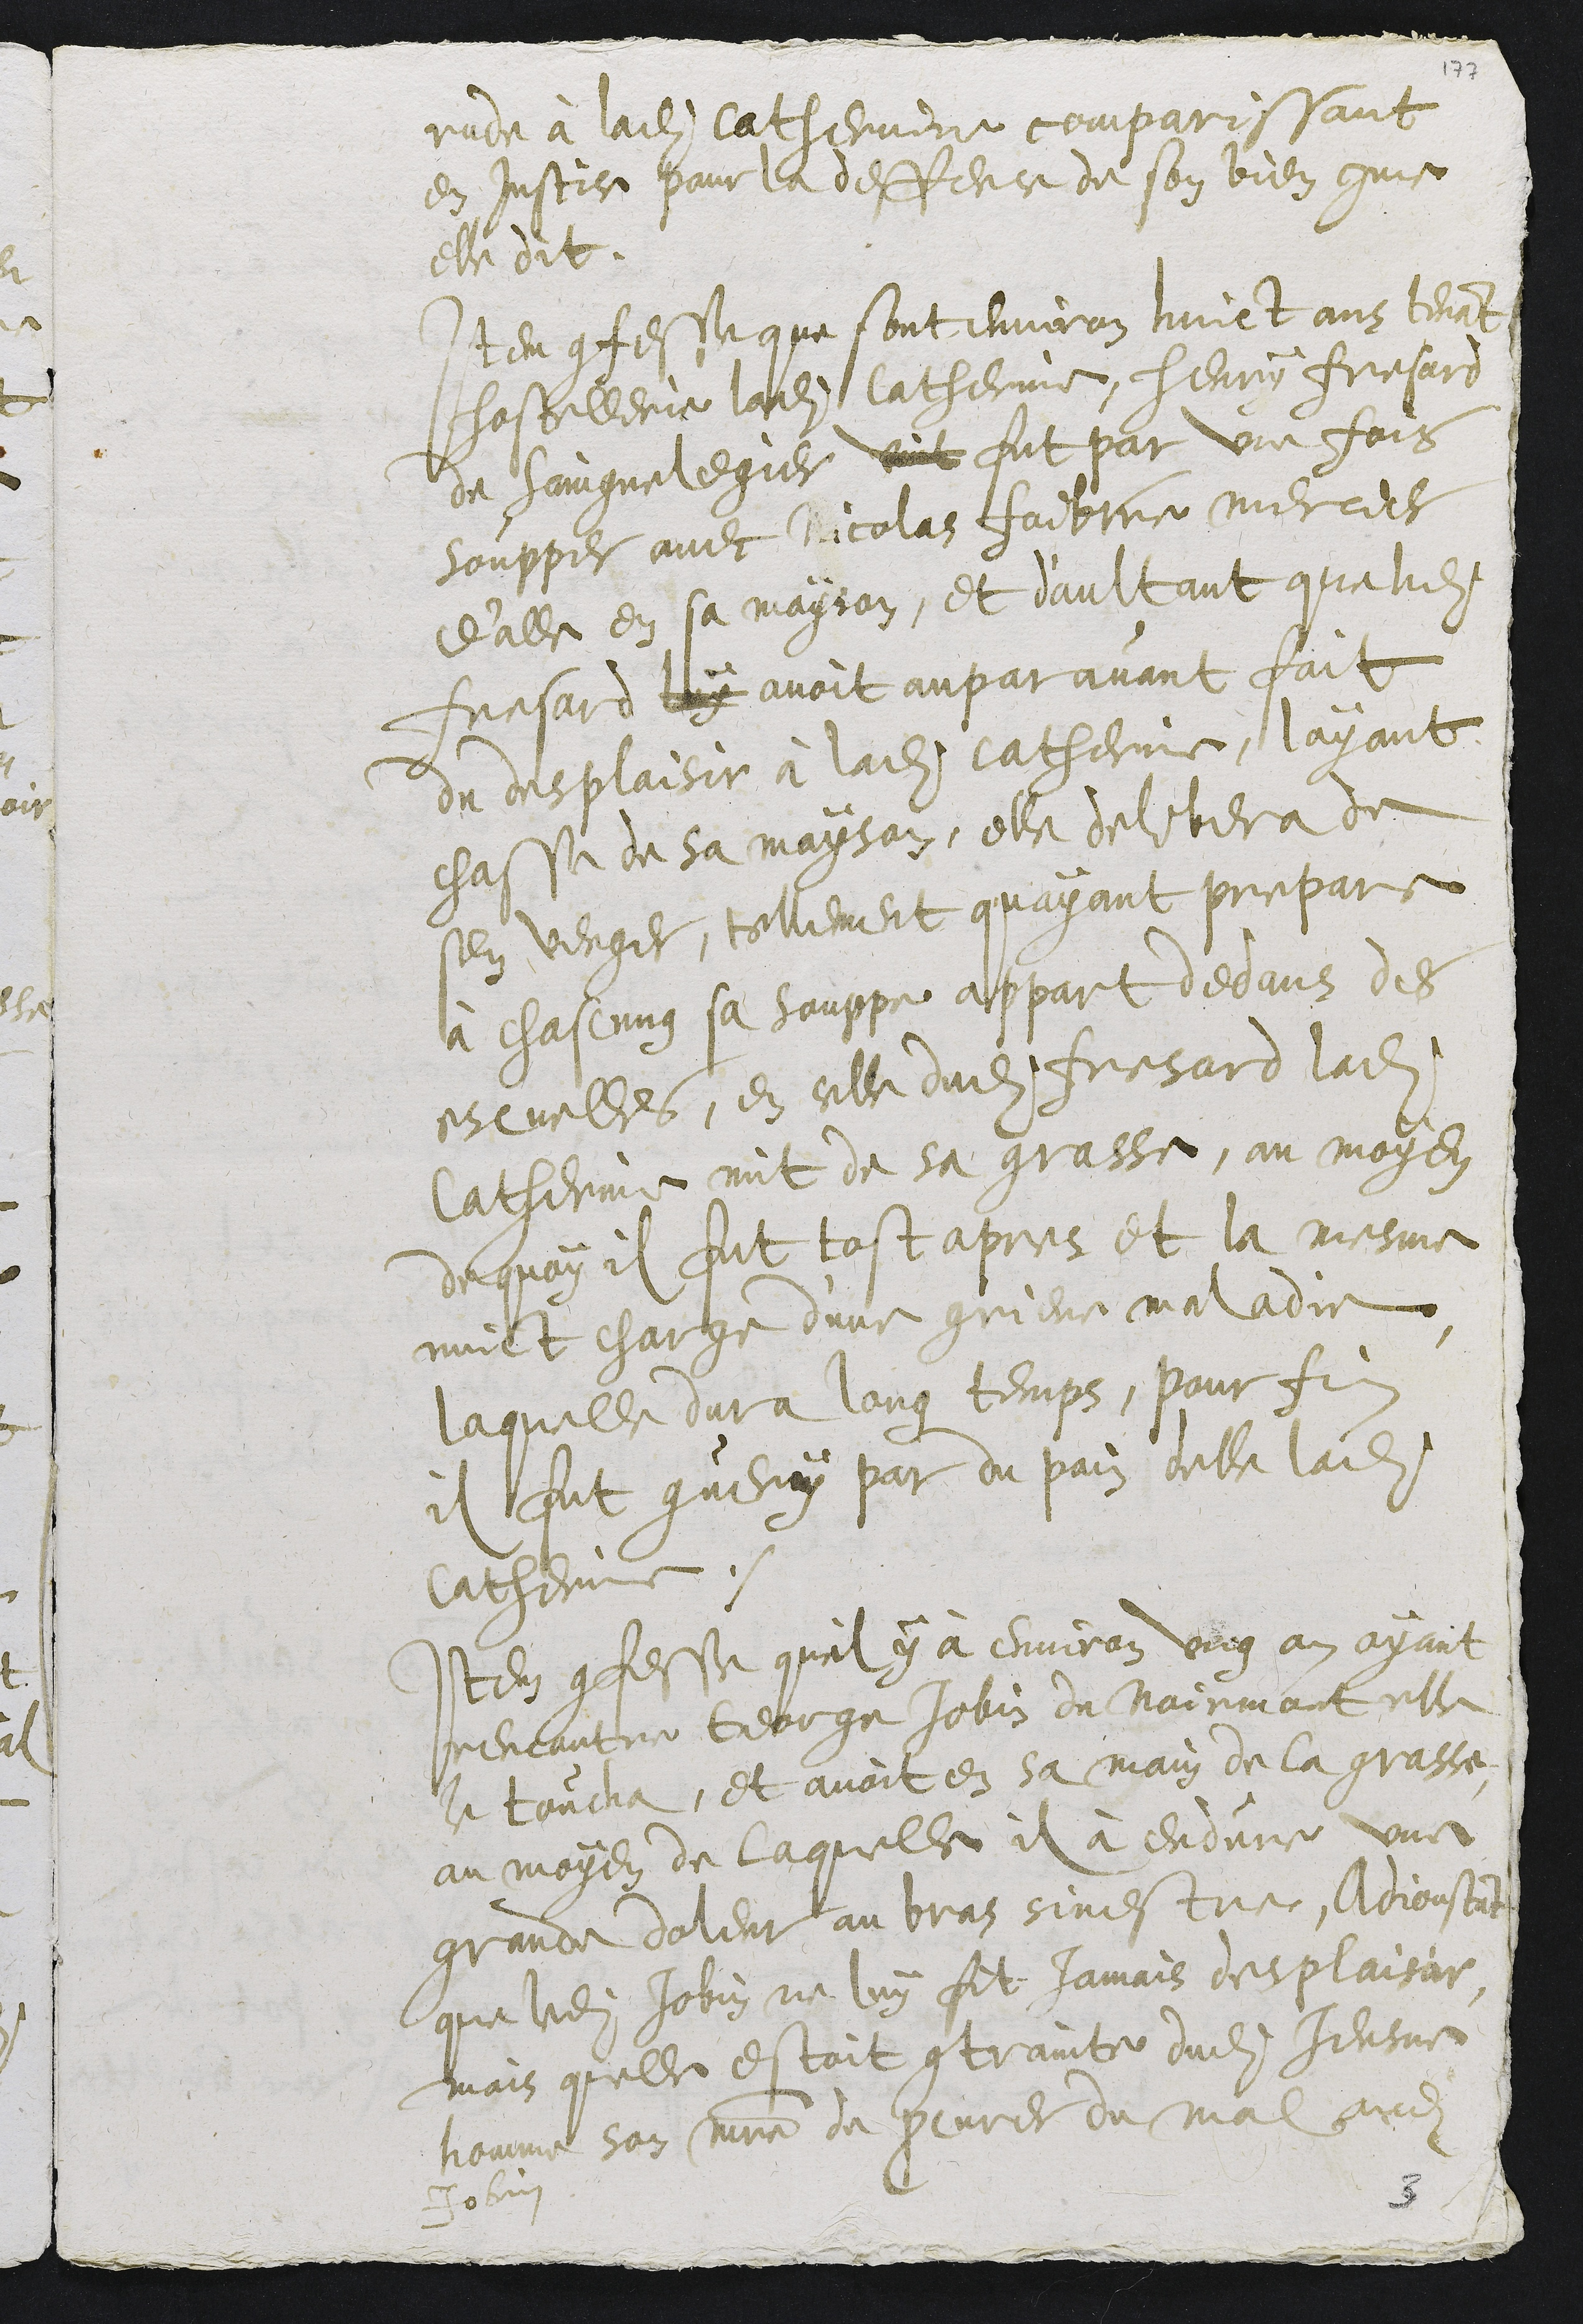
rude à ladite Catherine comparissant
en justice pour la deffence de son bien comme
elle dit.
Item confesse que sont environ huict ans tenant
hostellerie ladite Catherinne, Henry Fresard
de Saingnelegier vint fut par une fois
soupper avec Nicolas faibvre mercier
d'alle en sa mayson, et daultant que ledit
fresard luy avoit auparavant fait
du desplaisir à ladite Catherine, layant
chasse de sa mayson, elle delibera de
sen venger, tellement quayant prepare
à chascung sa souppe appart dedans des
escuelles, en celle dudit fresard ladite
Catherinne mit de sa grasse, au moyen
de quoy il fut tost apres et la mesme
nuict charge dune grieve maladie
laquelle dura long temps, pour fin
il fut guery par du pain delle ladite
Catherinne.
Item confesse quil y à environ ung an ayant
rencontre George Jobin du Noirmont, elle
le toucha, et avait en sa main de la grasse
au moyen de laquelle il à enduré une
grande doleur au bras sinestre, Adjoustant
que ledit Jobin ne luy fit jamais desplaisir,
mais quelle estoit contrainte dudit Jeusne
homme son maistre de procurer du mal audit
Jobin
3